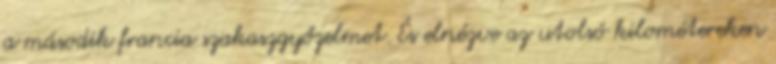
a második francia szakaszgyőzelmet. És elnézve az utolsó kilométereken